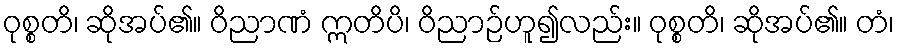
ဝုစ္စတိ၊ ဆိုအပ်၏။ ဝိညာဏံ ဣတိပိ၊ ဝိညာဉ်ဟူ၍လည်း။ ဝုစ္စတိ၊ ဆိုအပ်၏။ တံ၊